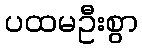
ပထမဦးစွာ